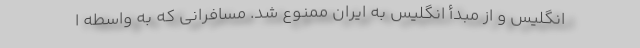
انگلیس و از مبدأ انگلیس به ایران ممنوع شد. مسافرانی که به واسطه ا